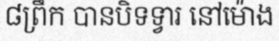
៨ព្រឹក បានបិទទ្វារ នៅម៉ោង